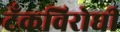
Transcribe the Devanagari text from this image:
टँकविरोधी